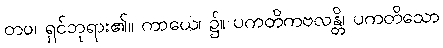
တဝ၊ ရှင်ဘုရား၏။ ကာယေ၊ ၌။ ပကတိကဗလန္တိ၊ ပကတိသော